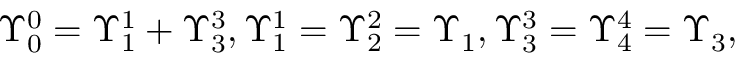
\Upsilon _ { 0 } ^ { 0 } = \Upsilon _ { 1 } ^ { 1 } + \Upsilon _ { 3 } ^ { 3 } , \Upsilon _ { 1 } ^ { 1 } = \Upsilon _ { 2 } ^ { 2 } = \Upsilon _ { 1 } , \Upsilon _ { 3 } ^ { 3 } = \Upsilon _ { 4 } ^ { 4 } = \Upsilon _ { 3 } ,